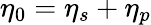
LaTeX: \eta_{0}=\eta_{s}+\eta_{p}